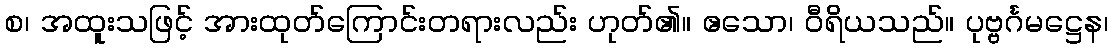
စ၊ အထူးသဖြင့် အားထုတ်ကြောင်းတရားလည်း ဟုတ်၏။ ဧသော၊ ဝီရိယသည်။ ပုဗ္ဗင်္ဂမဋ္ဌေန၊